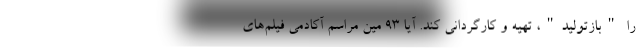
را "بازتولید"، تهیه و کارگردانی کند. آیا 93 مین مراسم آکادمی فیلم‌های